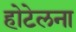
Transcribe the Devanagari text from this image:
होटेलना